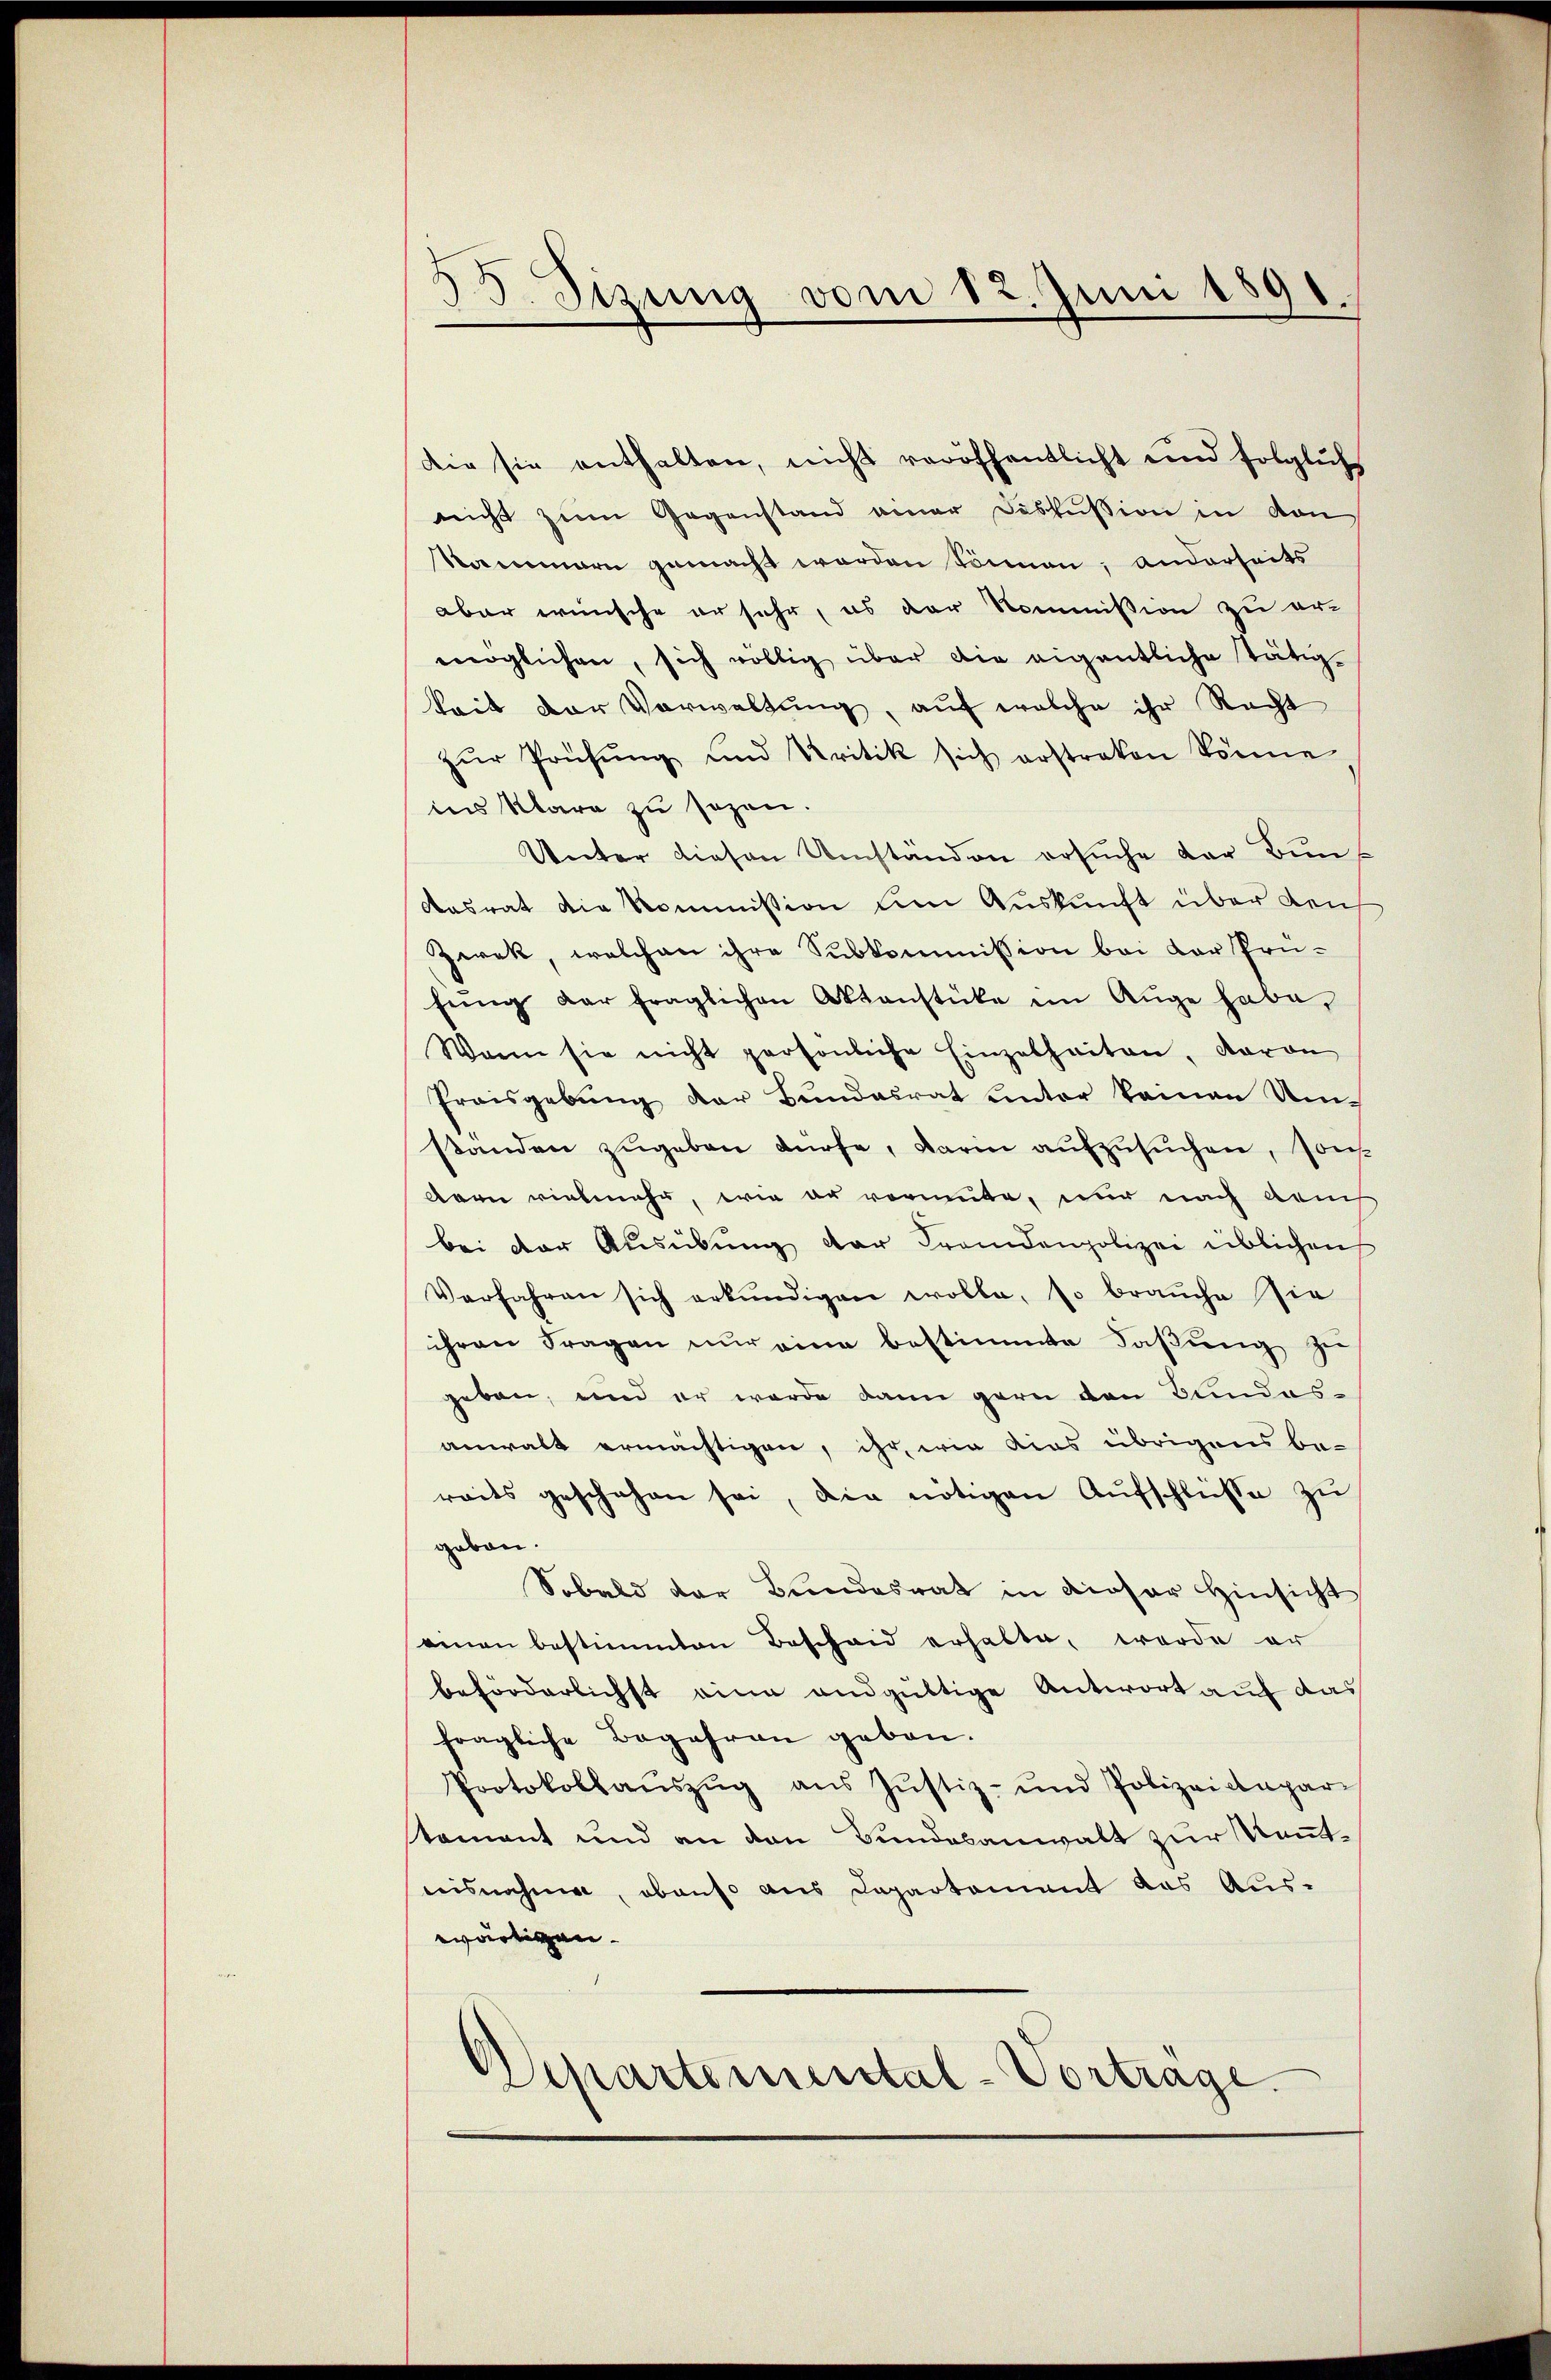
35. Sizung vom 12. Juni 1891

die sie enthalten, nicht veröffentlicht und folglich
nicht zum Gegenstand neuer Diskussion in von
Nammern gemacht worden können; anderseits
aber wünsche er sehr, es der Kommission zu ert
möglichen, sich völlig über die eigentliche Tätig-
keit der Vorwaltung, auf welche ihr Recht
zŭr Prüfŭng und Kritik sich erstraken könne
ins klare zu sezen.
Unter diesen Umständen ersuche der Bun¬
Aasrat die Kommission um Auskunft über den
Zwek, welchen ihre Subkommission bei der Prü-
fŭng der fraglichen Aktenstücke im Auge habe,
Wann sie nicht persönliche Einzelheiten, davon
Preisgebung der Bundesrat unter kamen Umstanden zŭgeben dürfe, darin aufzusuchen, son
Aren vielmehr, wie er vormute, nur nach dem
bei der Ausübung der Frandenpolizei üblichen
Verfahren sich erkundigen wolle, so brauche sie
ihren Fragen nŭr eine bestimmte Faβŭng zu
geben, und er werde dann gern von Bundes-
anwalt ermächtigen, ihr, wie dies übrigens beraits geschehen sei, die nötigen Aŭfschlüsse zu
geben.
Sobald der Bundesrat in dieser Hinsicht
einen bestimmten Bescheid erhalte, werde er
beförderlichst eine andgültige Antwort auf das
fragliche Begehren gebon.
Protokollaŭszŭg aŭs Jŭstiz- und Polizeidepar
tament und an den Bundesanwalt zur Kommtaisnahmen, obenso aus Departement das Aus-
wärtigen
Departemental-Vortrage